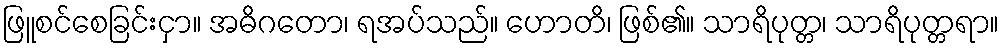
ဖြူစင်စေခြင်းငှာ။ အဓိဂတော၊ ရအပ်သည်။ ဟောတိ၊ ဖြစ်၏။ သာရိပုတ္တ၊ သာရိပုတ္တရာ။